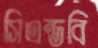
সিএন্ডবি